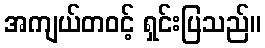
အကျယ်တဝင့် ရှင်းပြသည်။